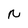
Character: N